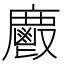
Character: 𢋺